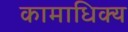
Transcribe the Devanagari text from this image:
कामाधिक्य